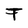
Character: F